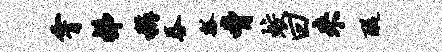
霄梯称吞瓢胁蛟曰来醍